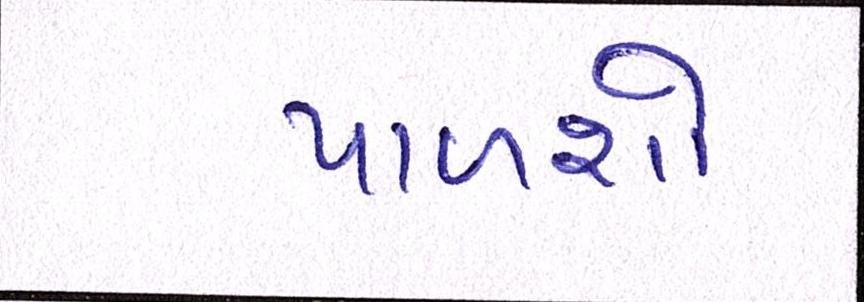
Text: પાળશો